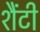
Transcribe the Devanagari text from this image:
शैंटी